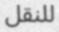
للنقل